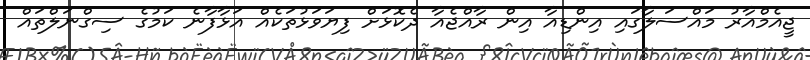
ޖީއެމްއާރު މައްސަލާގައި އިންޑިއާ އިން ރާއްޖެއާ ދެކޮޅަށް ފިޔަވަޅުތަކެއް އަޅާފާނެ ކަމުގެ ސިގްނަލްތައް